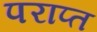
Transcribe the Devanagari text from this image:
पराप्त